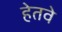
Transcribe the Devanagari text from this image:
हेतवे